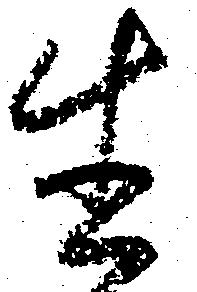
生